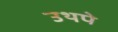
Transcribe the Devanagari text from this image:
उथपे